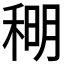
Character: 𫀹